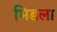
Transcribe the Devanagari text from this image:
भिडला